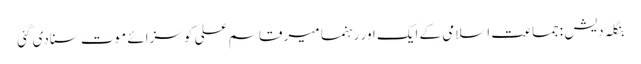
بنگلہ دیش :جماعت اسلامی کے ایک اور رہنما میر قاسم علی کو سزائے موت سنادی گئی